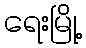
ရေးမြို့